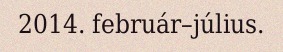
2014. február–július.